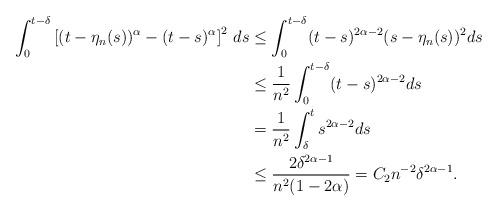
LaTeX: \begin{align*} \int_{0}^{t-\delta}\left[(t-\eta_n(s))^{\alpha}-(t-s)^{\alpha}\right]^2\, ds&\leq \int_{0}^{t-\delta}(t-s)^{2\alpha-2}(s-\eta_n(s))^2ds\\ &\leq \frac{1}{n^2}\int_{0}^{t-\delta}(t-s)^{2\alpha-2}ds\\ &= \frac 1{n^2} \int_\delta ^t s^{2\alpha -2} ds \\ &\leq \frac{2\delta^{2\alpha-1}}{n^2(1-2\alpha)} = C_2{n^{-2}} \delta^{2\alpha-1}.\end{align*}